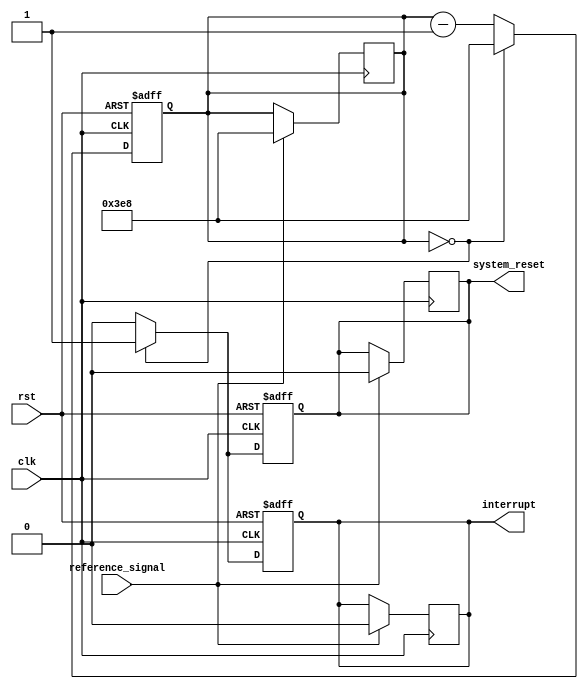
module watchdog_timer (
  input wire clk,
  input wire rst,
  input wire reference_signal,
  output reg interrupt,
  output reg system_reset
);

reg [15:0] counter;

always @(posedge clk or posedge rst) begin
  if (rst) begin
    counter <= 16'd1000;
    interrupt <= 0;
    system_reset <= 0;
  end else begin
    if (counter == 16'd0) begin
      interrupt <= 1;
      system_reset <= 1;
      counter <= 16'd1000;
    end else begin
      counter <= counter - 1;
      interrupt <= 0;
      system_reset <= 0;
    end
  end
end

always @(posedge clk) begin
  if (reference_signal) begin
    counter <= 16'd1000;
    interrupt <= 0;
    system_reset <= 0;
  end
end

endmodule